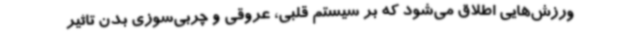
ورزش‌هایی اطلاق می‌شود که بر سیستم قلبی، عروقی و چربی‌سوزی بدن تاثیر